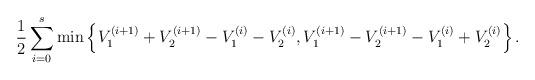
LaTeX: \begin{align*} \frac {1} {2}\sum _{i=0} ^{s}\min\left\{V^{(i+1)}_1+V^{(i+1)}_2-V^{(i)}_1-V^{(i)}_2,V^{(i+1)}_1-V^{(i+1)}_2-V^{(i)}_1+V^{(i)}_2\right\}.\end{align*}